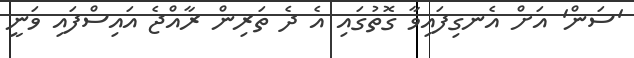
'ސަން' އަށް އެނގިފައިވާ ގޮތުގައި އެ ދެ ތަރިން ރާއްޖެ އައިސްފައި ވަނީ